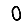
Digit: 0